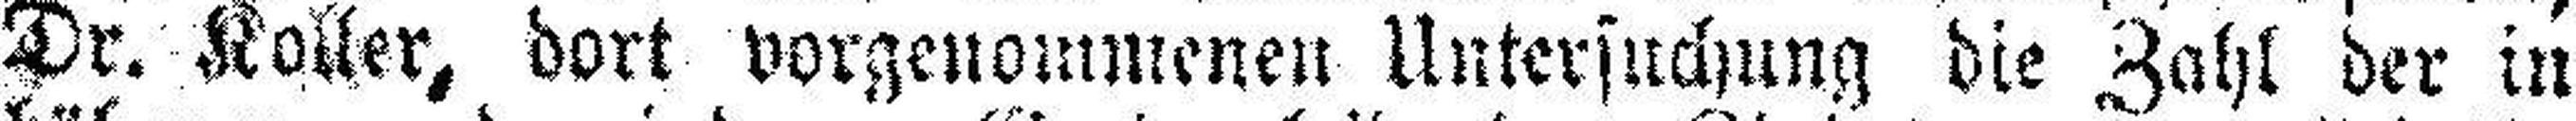
Dr. Koller, dort vorgenommenen Untersuchung die Zahl der in